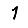
Digit: 1